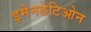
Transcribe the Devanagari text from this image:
इमेनडेटिओन